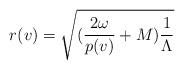
LaTeX: \begin{align*}r(v) = \sqrt{( \frac{2 \omega}{p(v)} + M) \frac{1}{\Lambda}}\end{align*}